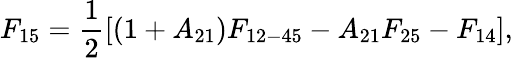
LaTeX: F_{15}=\frac{1}{2}\left[(1+A_{21})F_{12-45}-A_{21}F_{25}-F_{14}\right]{,}